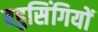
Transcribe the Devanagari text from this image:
बहुसिंगियों